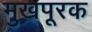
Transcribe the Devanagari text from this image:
मुखपूरक